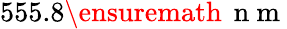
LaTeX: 555.8\ensuremath{\, \mathrm{~n~m~}}